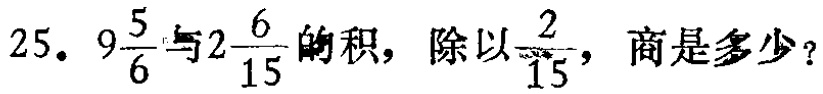
$25. \ 9\frac{5}{6}与2\frac{6}{15}的积，除以\frac{2}{15}，商是多少？$